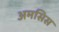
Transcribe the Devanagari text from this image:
अमसिस